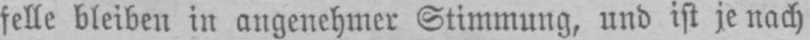
felle bleiben in angenehmer Stimmung, und ist je nach